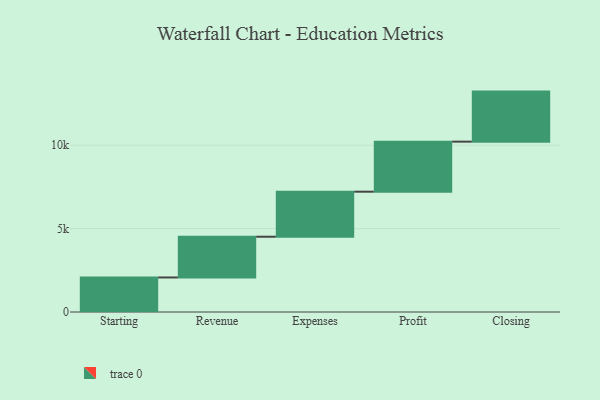
{"axis": {"x": "Step", "y": "Value"}, "legend": [""], "data": [{"x": "Starting", "y": 2070.0, "type": ""}, {"x": "Revenue", "y": 2443.0, "type": ""}, {"x": "Expenses", "y": 2699.0, "type": ""}, {"x": "Profit", "y": 3000, "type": ""}, {"x": "Closing", "y": 3000, "type": ""}]}